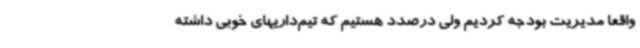
واقعا مدیریت بودجه کردیم ولی درصدد هستیم که تیم‌داریهای خوبی داشته